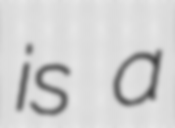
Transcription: is a